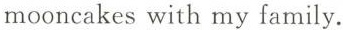
mooncakes with my family.